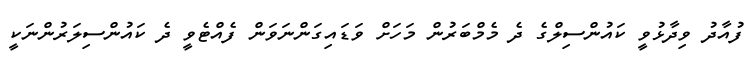
ފުއާދު ވިދާޅުވީ ކައުންސިލްގެ ދެ މެމްބަރުން މަހަށް ވަޑައިގަންނަވަން ފެއްޓެވީ ދެ ކައުންސިލަރުންނަކީ